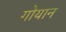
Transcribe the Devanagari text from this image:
गोयान